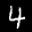
Label: 4